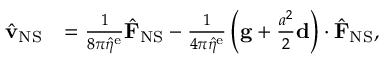
\begin{array} { r l } { \hat { \mathbf { v } } _ { \mathrm { N S } } } & { = \frac { 1 } { 8 \pi \hat { \eta } ^ { \mathrm { e } } } \hat { \mathbf { F } } _ { \mathrm { N S } } - \frac { 1 } { 4 \pi \hat { \eta } ^ { \mathrm { e } } } \left( \mathbf { g } + \frac { a ^ { 2 } } { 2 } \mathbf { d } \right) \cdot \hat { \mathbf { F } } _ { \mathrm { N S } } , } \end{array}